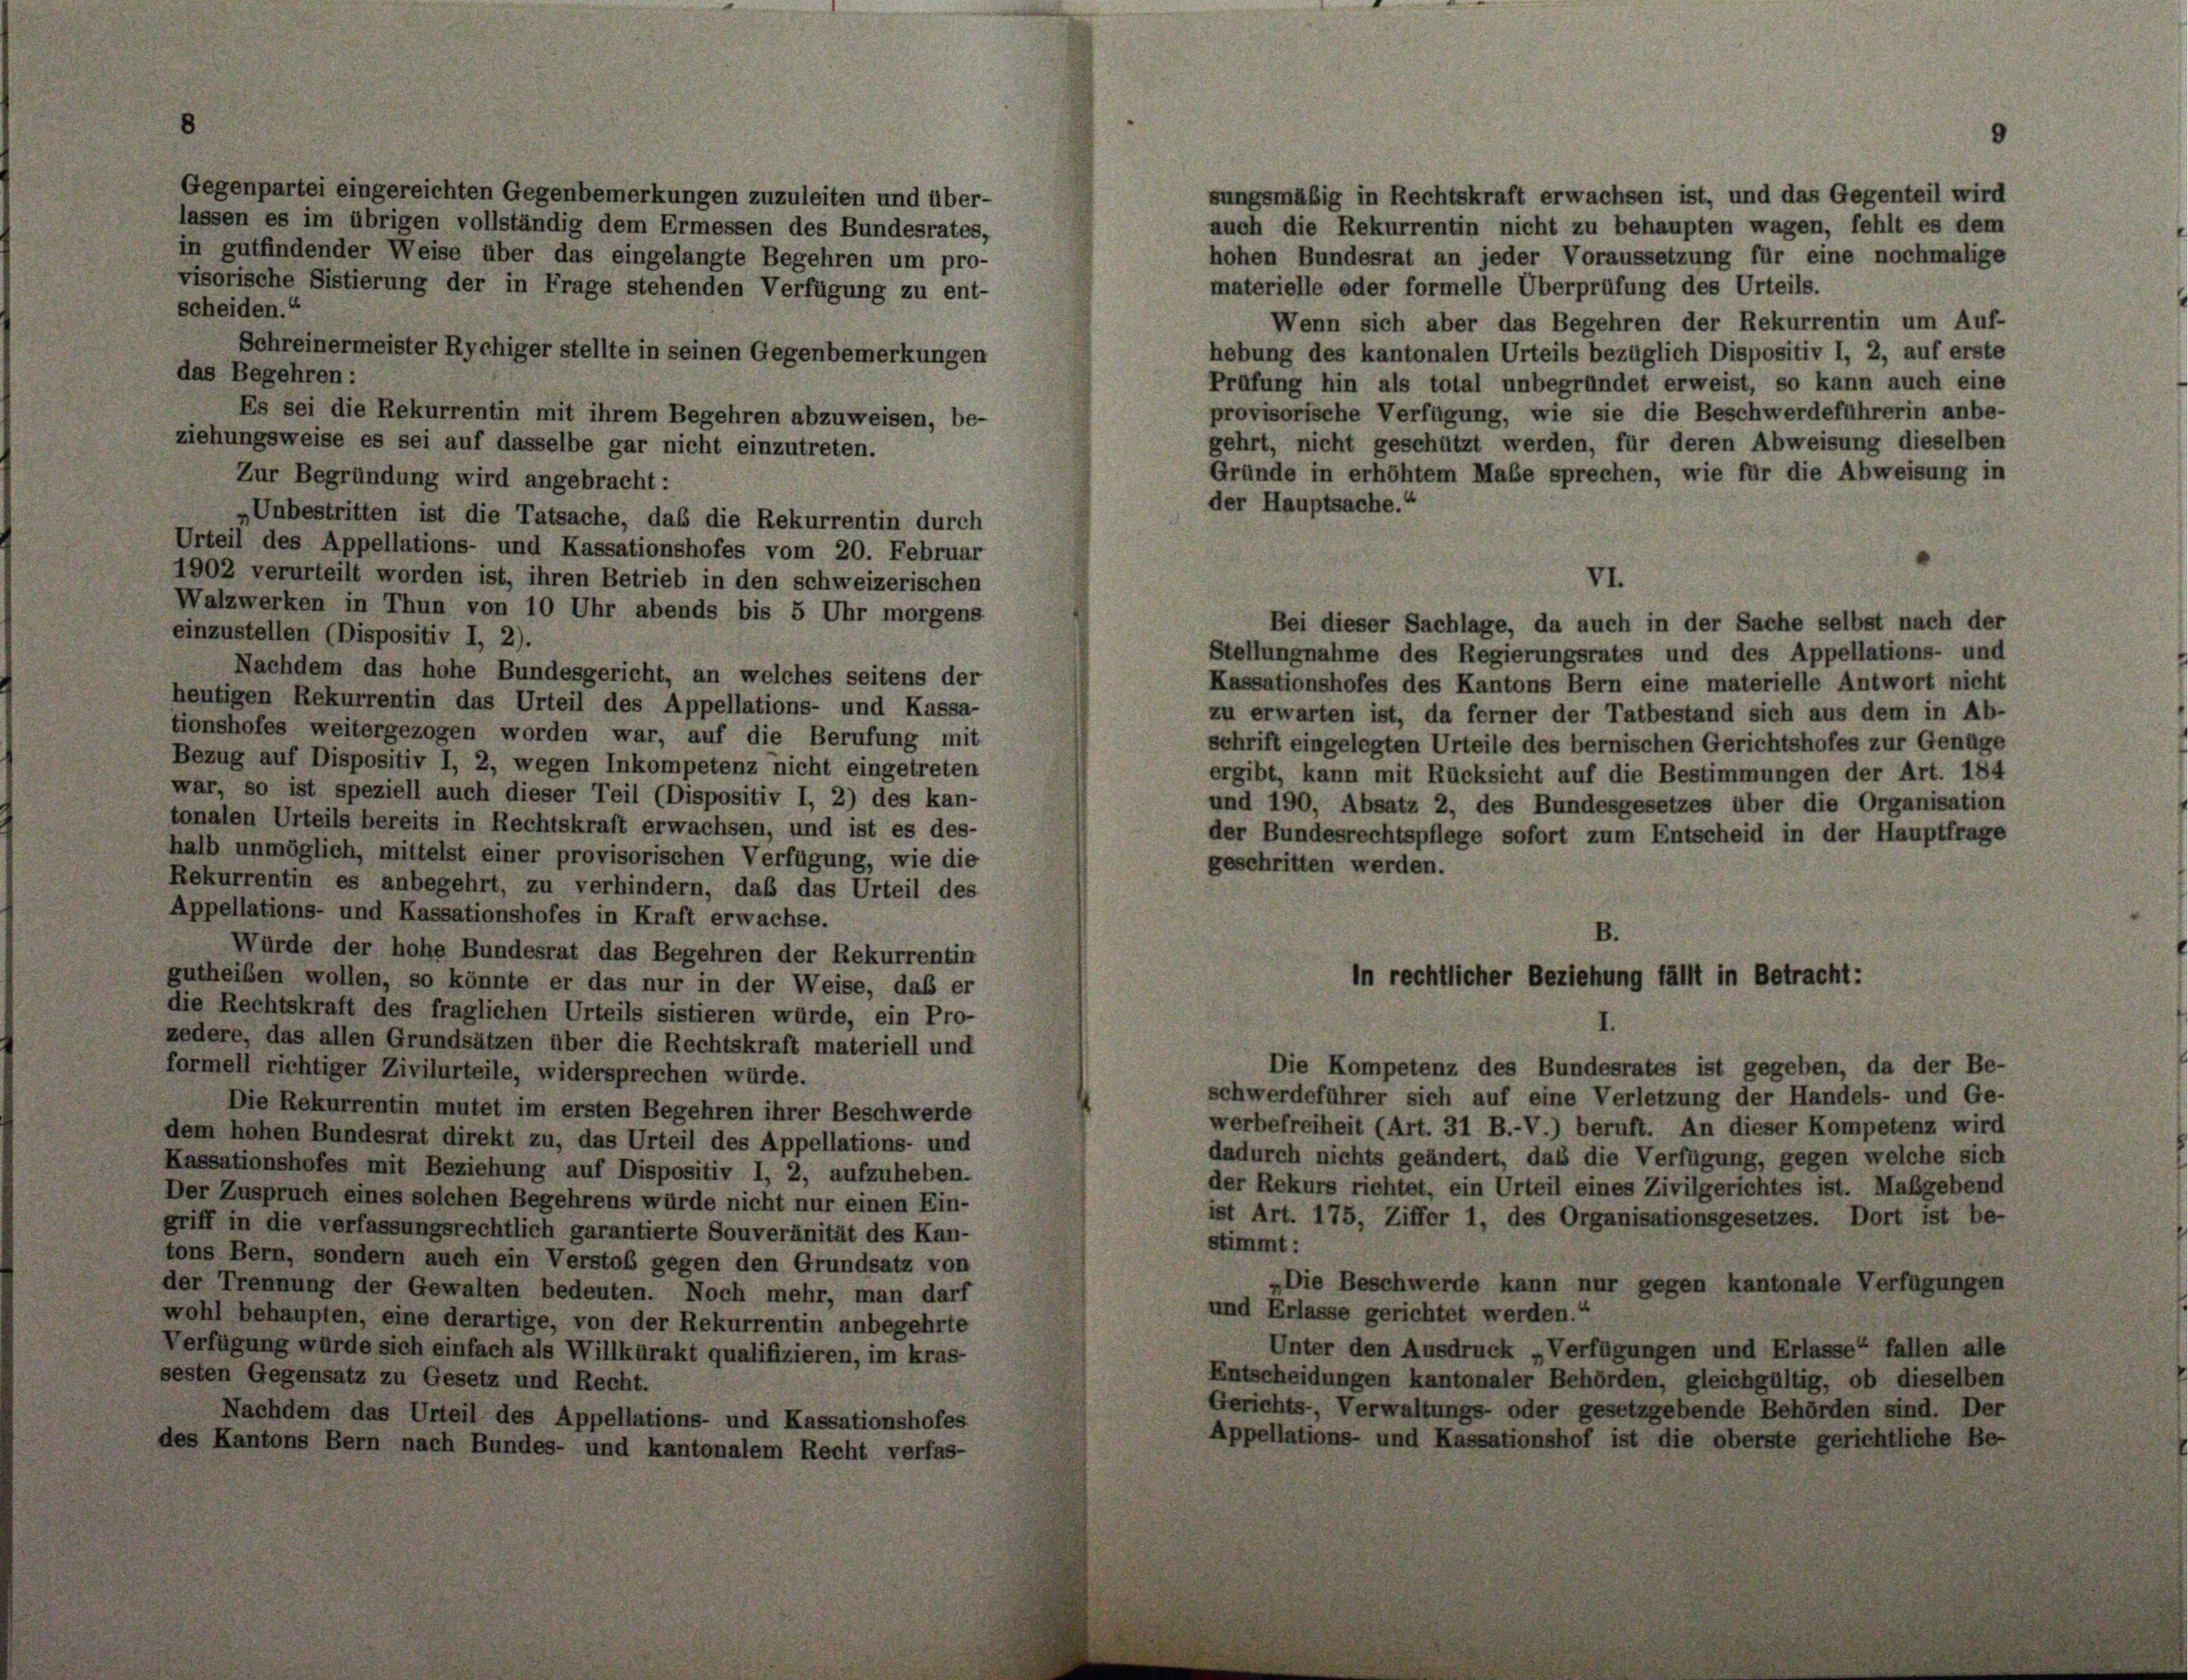
Gegenpartei eingereichten Gegenbemerkungen zuzuleiten und über-
sungsmäßig in Rechtskraft erwachsen ist, und das Gegenteil wird
lassen es im übrigen vollständig dem Ermessen des Bundesrates,
auch die Rekurrentin nicht zu behaupten wagen, fehlt es dem
in gutfindender Weise über das eingelangte Begehren um pro-
hohen Bundesrat an jeder Voraussetzung für eine nochmalige
visorische Sistierung der in Frage stehenden Verfügung zu ent-
materielle oder formelle Überprüfung des Urteils.
scheiden.“
Wenn sich aber das Begehren der Rekurrentin um Auf-
Schreinermeister Rychiger stellte in seinen Gegenbemerkungen
hebung des kantonalen Urteils bezüglich Dispositiv I, 2, auf erste
das Begehren:
Prüfung hin als total unbegründet erweist, so kann auch eine
provisorische Verfügung, wie sie die Beschwerdeführerin anbe-
Es sei die Rekurrentin mit ihrem Begehren abzuweisen, be-
ziehungsweise es sei auf dasselbe gar nicht einzutreten.
gehrt, nicht geschützt werden, für deren Abweisung dieselbe
Gründe in erhöhtem Maße sprechen, wie für die Abweisung in
Zur Begründung wird angebracht:
der Hauptsache.“
„Unbestritten ist die Tatsache, das die Rekurrentin durch
Urteil des Appellations- und Kassationshofes vom 20. Februar
1902 verurteilt worden ist, ihren Betrieb in den schweizerischen
Walzwerken in Thun von 10 Uhr abends bis 5 Uhr morgens
einzustellen (Dispositiv I, 2).
Stellungnahme des Regierungsrates und des Appellations- und
Nachdem das hohe Bundesgericht, an welches seitens der
Kassationshofes des Kantons Bern eine materielle Antwort nich
heutigen Rekurrentin das Urteil des Appellations- und Kassa-
zu erwarten ist, da ferner der Tatbestand sich aus dem in Ab
tionshofes weitergezogen worden war, auf die Berufung mit
schrift eingelegten Urteile des bernischen Gerichtshofes zur Genüge
Bezug auf Dispositiv I, 2, wegen Inkompetenz nicht eingetreten
ergibt, kann mit Rücksicht auf die Bestimmungen der Art. 18.
war, so ist speziell auch dieser Teil (Dispositiv I, 2) des kan-
und 190, Absatz 2, des Bundesgesetzes über die Organisation
tonalen Urteils bereits in Rechtskraft erwachsen, und ist es des-
der Bundesrechtspflege sofort zum Entscheid in der Hauptfrage
halb unmöglich, mittelst einer provisorischen Verfügung, wie die
geschritten werden.
Rekurrentin es anbegehrt, zu verhindern, daß das Urteil des
Appellations- und Kassationshofes in Kraft erwachse.
B
Würde der hohe Bundesrat das Begehren der Rekurrentin
in rechtlicher Beziehung fällt in Betracht:
gutheiben wollen, so könnte er das nur in der Weise, daß er
die Rechtskraft des fraglichen Urteils sistieren würde, ein Pro-
I.
zedere, das allen Grundsätzen über die Rechtskraft materiell und
Die Kompetenz des Bundesrates ist gegeben, da der Be-
formell richtiger Zivilurteile, widersprechen würde.
schwerdeführer sich auf eine Verletzung der Handels- und Ge-
Die Rekurrentin mutet im ersten Begehren ihrer Beschwerde
werbefreiheit (Art. 31 B.-V.) beruft. An dieser Kompetenz wird
dem hohen Bundesrat direkt zu, das Urteil des Appellations- und
dadurch nichts geändert, daß die Verfügung, gegen welche sich
Kassationshofes mit Beziehung auf Dispositiv I, 2, aufzuheben.
der Rekurs richtet, ein Urteil eines Zivilgerichtes ist. Maßgebens
Der Zuspruch eines solchen Begehrens würde nicht nur einen Ein-
ist Art. 175, Ziffer 1, des Organisationsgesetzes. Dort ist be
griff in die verfassungsrechtlich garantierte Souveränität des Kan-
stimmt:
tons Bern, sondern auch ein Verstoß gegen den Grundsatz von
„Die Beschwerde kann nur gegen kantonale Verfügungen
der Trennung der Gewalten bedeuten. Noch mehr, man darf
und Erlasse gerichtet werden.“
wohl behaupten, eine derartige, von der Rekurrentin anbegehrte
Unter den Ausdruck „Verfügungen und Erlasse“ fallen alle
Verfügung würde sich einfach als Willkürakt qualifizieren, im kras-
sesten Gegensatz zu Gesetz und Recht.
Entscheidungen kantonaler Behörden, gleichgültig, ob dieselber
Gerichts- Verwaltungs- oder gesetzgebende Behörden sind. Der
Nachdem das Urteil des Appellations- und Kassationshofes
Appellations- und Kassationshof ist die oberste gerichtliche Be
des Kantons Bern nach Bundes- und kantonalem Recht verfas-

VI.
Bei dieser Sachlage, da auch in der Sache selbst nach der